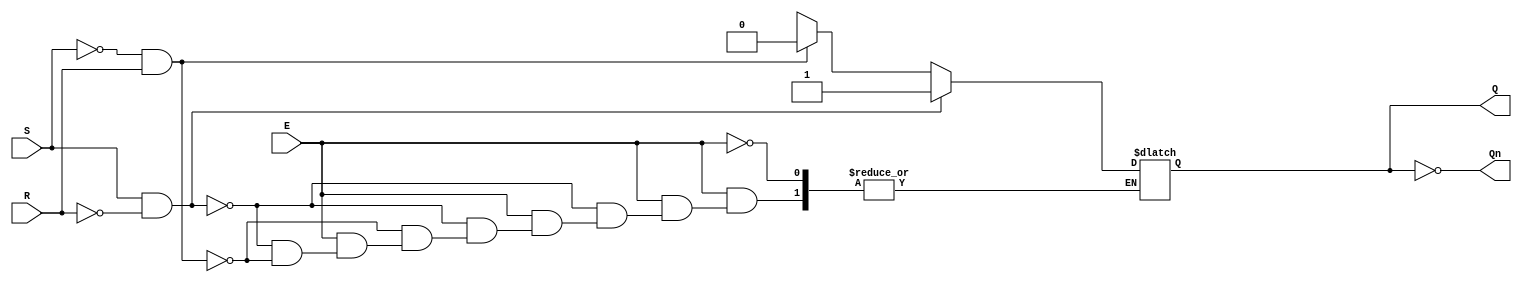
module gated_sr_latch (
    input wire S,      // Set input
    input wire R,      // Reset input
    input wire E,      // Enable input
    output reg Q,      // Output Q
    output wire Qn     // Complement of Q
);

    assign Qn = ~Q; // Q' is the complement of Q

    always @(*) begin
        if (E) begin
            if (S && !R) begin
                Q = 1'b1; // Set Q to 1
            end else if (!S && R) begin
                Q = 1'b0; // Reset Q to 0
            end else if (!S && !R) begin
                // Retain previous state (do nothing)
                Q = Q; // This line is not strictly necessary in Verilog
            end else begin
                // Invalid state (both S and R high)
                // Handle as needed, here we can just retain previous state
                Q = Q; // This line is not strictly necessary in Verilog
            end
        end
        // If E is low, retain the previous state
    end

endmodule